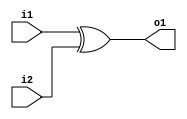
/***********************
*
* Jong-gyu Park
* pjk5401@gmail.com
* 2016/09/02
*
***********************/

module PNU_XOR2(i1, i2, o1);
    input i1, i2;
    output o1;
    assign o1 = i1 ^ i2;
endmodule